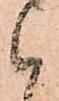
候